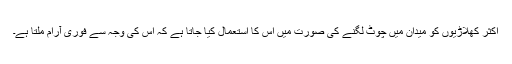
اکثر کھلاڑیوں کو میدان میں چوٹ لگنے کی صورت میں اس کا استعمال کیا جاتا ہے کہ اس کی وجہ سے فوری آرام ملتا ہے۔